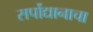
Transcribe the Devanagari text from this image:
सर्पोद्यानाचा